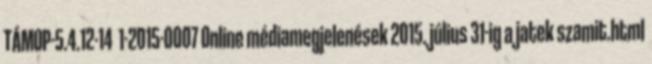
TÁMOP-5.4.12-14 1-2015-0007 Online médiamegjelenések 2015. július 31-ig a jatek szamit.html